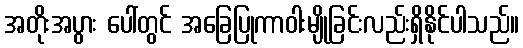
အတိုးအပွား ပေါ်တွင် အခြေပြုကာဝါးမျိုခြင်းလည်းရှိနိုင်ပါသည်။